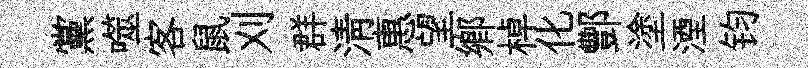
黨噬客鼠刈群清惠望鄉棹化酆塗湮钧